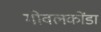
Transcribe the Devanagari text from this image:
गोवलकोंडा